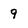
Character: 9